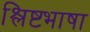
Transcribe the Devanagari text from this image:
श्लिष्टभाषा